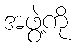
အဖွဲ့ကို